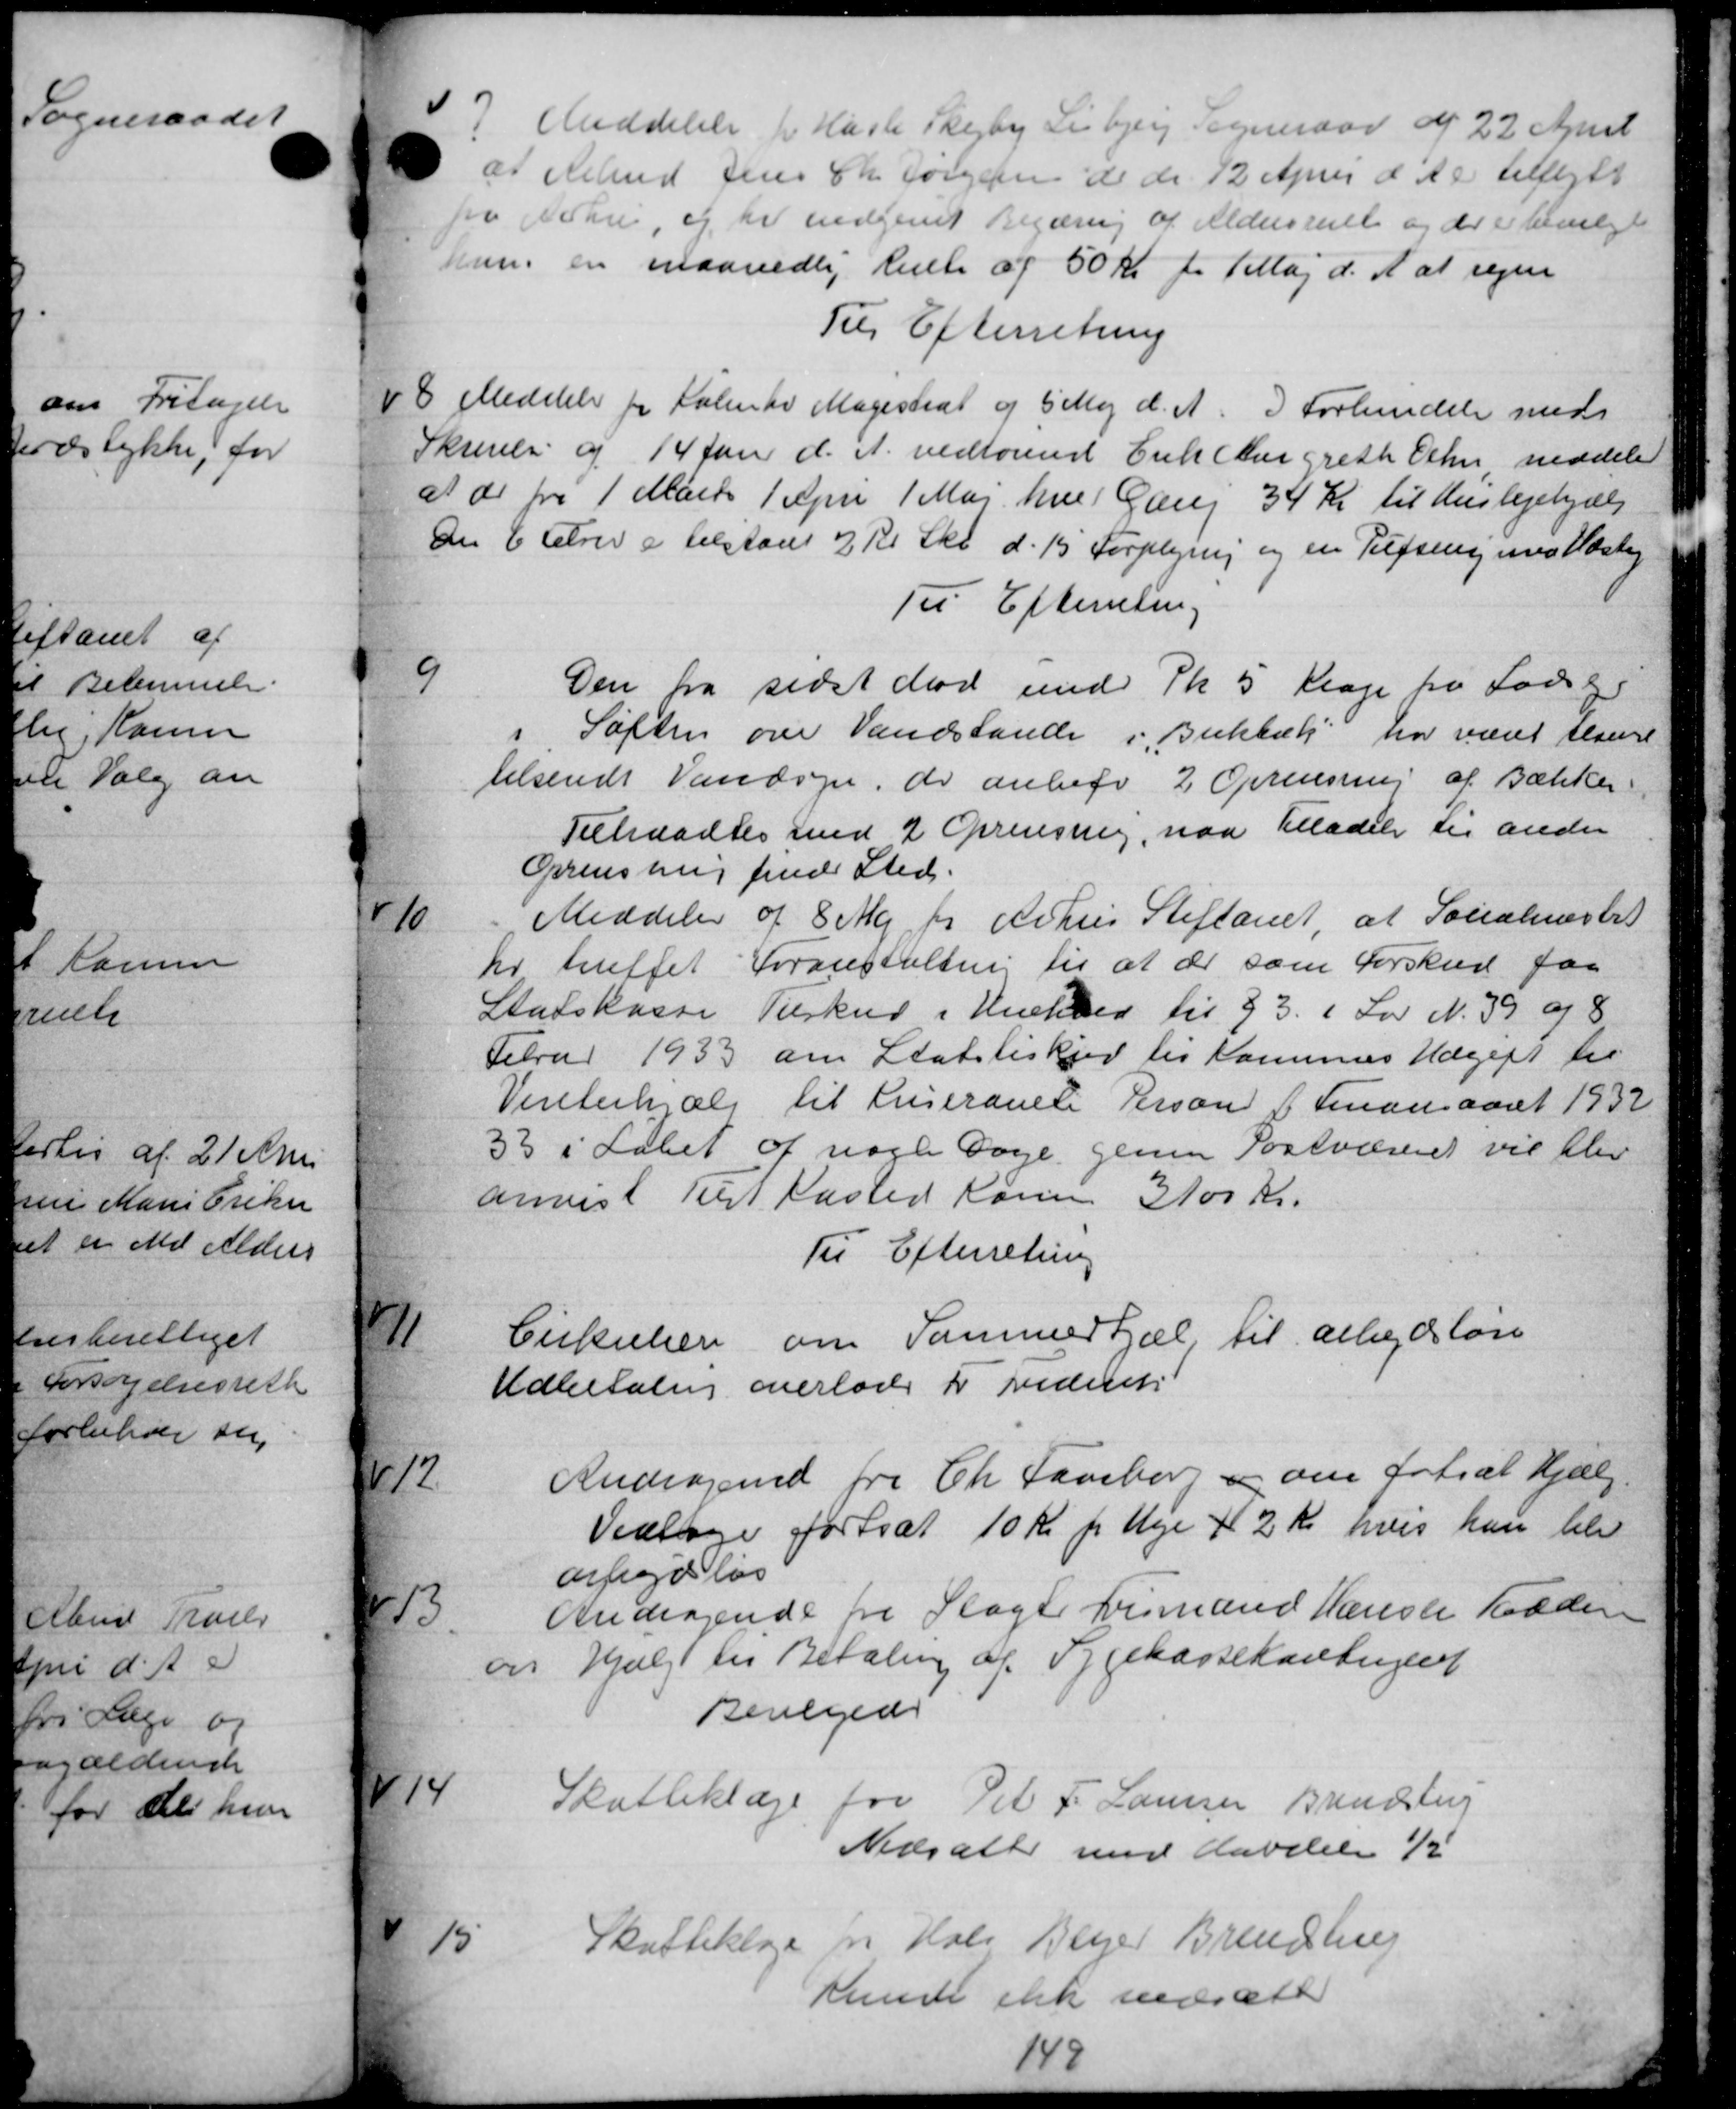
Transskription:
7.
Meddelelse fra Hasle Skejby Lisbjerg Sogneraad af 22 April
at Arbmd Jens Chr Jørgensen de d. 12 April d. A. tilflytt
fra Arhu, og er indgivet Begæring af Aldersrente og der er bevilgte
hun en maanedlig Rulle af 50 kr pr 1 Maj d. A. at regen
Til Efterretning
8
Meddeler for Sølle Magistrat og 5 Maj d. A. I Forhandelse med
Skrivelse af 14 Juni d. A. vedrørend Erik Margreth Othe meddeler
a do fra 1 Marts Tapril 1 Maj hver Gang 34 Kr til Huslejehjælp
dn 6 Crer a tilstaaet 2 Kr. Skr. d. 15 Forplejen og en Tegning med Næsteg
Til Efterretning
9
Den fra sidst død med Pk. 5 Klage fra Fode
1
Søften over Vandstande i Bukbæk har været senet
tilsendt Vandsyn, de anbefv 2 Oprensning af Bækker
Teltraadtes med 2 Oprensning, naa Tilladelse til anden
Oprensning fred Sted.
10
Meddeler af 8 Maj for Århus Stiftamt, at Socialmester
hr truffet Foranstaltning til at der som Forskud faa
Statskasse Tilskud i Henhold til §3 i Lov N. 39 og 8
Felrar 1933 om Statstisker til Kommunes Udgift til
Vinterhjælp til Ruserandte Person i Finansaaret 1932
33 i Løbet af nogle Dage, genne Postvæsenet vil bliv
anvist Tilst Kasted Karen 3100 Kr.
Til Efterretning
171
Cirkulære om Sammertjæl til arbejdsløn
Udbetaling overlodes i Frederik
12
Andragen fra Ch Faaborg og om fortsæt Hjælp
Vedtage fortsat 10 Kr pr Uge + 2 Kr hvis han blev
arbejdsløs
413
Andragende tre Slagt Husmand Hanske Tolden
om Hjælp til Betaling af Sygekassekontingent
Bevilgede
414
Skatteklage for Pet F. Laursen Brendstrup
Nedsatte med havdel
15.
Skatteklage pr. Hals Beger Brendsbrug
kunde ikke nedsætt
149